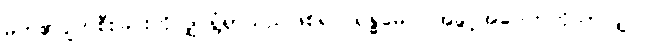
မိတ်၏ပျက်စီးခြင်းကိုလျှင်ရွံရှာသည်ဖြစ်၍။ ရန္ဓမေဝ၊ အခွင့်အပေါက်ကိုသာလျှင်။